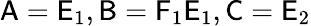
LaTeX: \textsf{A}=\textsf{E}_{1},\textsf{B}=\textsf{F}_{1}\textsf{E}_{1},\textsf{C}=\textsf{E}_{2}